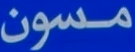
مسون